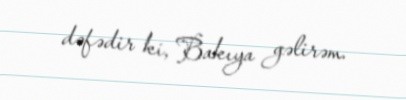
dəfədir ki, Bakıya gəlirəm.